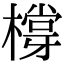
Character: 橕